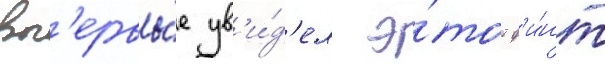
вп'ервы́е ув'и́д'ел э́тот ф'и́нт